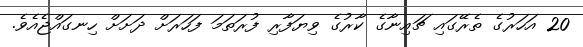
20 އަހަރުގެ ތެރޭގައި ޗައިނާގެ ކާރުގެ ވިޔަފާރި ފުރަތަމަ ފަހަރަށް ދަށަށް ހިނގައްޖެއެވެ.